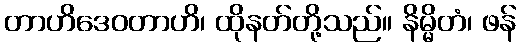
တာဟိဒေဝတာဟိ၊ ထိုနတ်တို့သည်။ နိမ္မိတံ၊ ဖန်